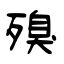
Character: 殠